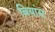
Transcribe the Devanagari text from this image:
बियांस